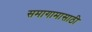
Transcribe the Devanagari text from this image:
समागामासाठी